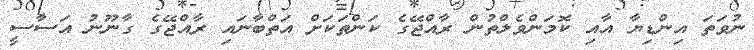
ނުވަތަ އިންޑިޔާ އާއި ކޮމަންވެލްތުން ރާއްޖޭގެ ކަންތަކަށް އަތްބާނައި ރާއްޖޭގެ ގާނޫނު އަސާސީ